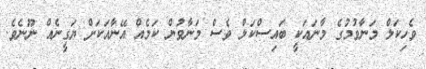
ވެހިކަލް މަނާވުމުގެ މާނައަކީ ބައިސްކަލް ވެސް މަނާވުން ކަމެއް އޭނާއަކަށް ޔަގީނެއް ނޫނެވެ.